Scientific memoirs by medical officers of the Army of India - Part XII,
Year: 1901
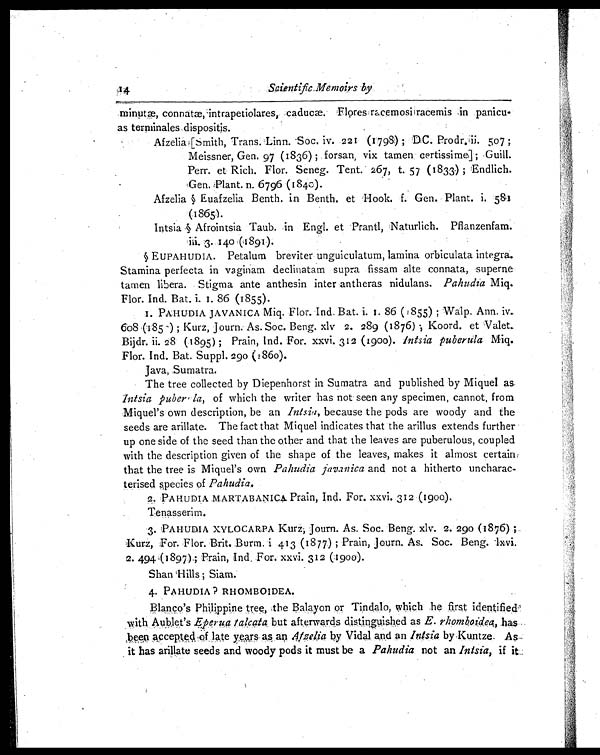
Scientific Memoirs by
minutæ, connatæ, intrapetiolares, caducæ. Flores racemosiracemis in panicu-
as terminales dispositis.
A f z e l i a [ S m i t h , T r a n s . L i n n . S o c . i v . 2 2 1 ( 1 7 9 8 ) ; D C . P r o d r . i i . 5 0 7 ;
Meissner, Gen. 97 (1836) ; forsan, vix tamen certissime] ; Guill.
Perr. et Rich. Flor. Seneg. Tent. 267, t. 57 (1833) ; Endlich.
Gen. Plant. n. 6796 (1840).
Afzelia § Euafzelia Benth. in Benth. et Hook. f. Gen. Plant. i. 581
(1865).
Intsia § Afrointsia Taub. in Engl. et Prantl, Naturlich. Pflanzenfam.
iii. 3. 140 (1891).
§ EUPAHUDIA. Petalum breviter unguiculatum, lamina orbiculata integra.
Stamina perfecta in vaginam declinatam supra fissam alte connata, superne
tamen libera. Stigma ante anthesin inter antheras nidulans. Pahudia Miq.
Flor. Ind. Bat. i. I 86 (1855).
1. PAHUDIA JAVANICA Miq. Flor. Ind. Bat. i.
I. 86 (1855) ; Walp. Ann. iv.
608 (1851) ; Kurz, Journ. As. Soc. Beng. xlv 2. 289 (1876) ; Koord. et Valet.
Bijdr. ii. 28 (1895) ; Prain, Ind. For. xxvi. 312 (1900). Intsia puberula
Miq Flor. Ind. Bat. Suppl. 290 (1860).
Java, Sumatra.
The tree collected by Diepenhorst in Sumatra and published by Miquel as
Intsia puber , la, of which the writer has not seen any specimen, cannot, from
Miquel's own description, be an Intsia, because the pods are woody and the
seeds are arillate. The fact that Miquel indicates that the arillus extends further
up one side of the seed than the other and that the leaves are puberulous, coupled
with the description given of the shape of the leaves, makes it almost certain,
that the tree is Miquel's own Pahudia javanica and not a hitherto uncharac--
terised species of Pahudia.
2. PAHUDIA MARTABANICA Prain, Ind. For. xxvi. 312 (1900).
Tenasserim.
3. PAHUDIA XYLOCARPA Kurz, Journ. As. Soc. Beng. xlv. 2. 290 (1876) ;
Kurz, For. Flor. Brit. Burm. i 413 (1877) ; Prain, Journ. As. Soc. Beng. lxvi.
2. 494 (1897) ; Prain, Ind. For. xxvi. 312 (1900).
Shan Hills ; Siam.
4. PAHUDIA ? RHOMBOIDEA.
Blanco 's Philippine tree, the Balayon or Tindalo, which he first identified
with Aublet's .Eperua talcata but afterwards distinguished as E. rhomboidea, has
been accepted of late years as an Afzelia by Vidal and an Intsia by Kuntze. As
it has arillate seeds and woody pods it must be a Pahudia not an Intsia, if it